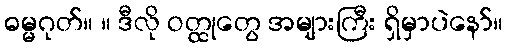
ဓမ္မဂုတ်။ ။ ဒီလို ဝတ္ထုတွေ အများကြီး ရှိမှာပဲနော်။